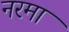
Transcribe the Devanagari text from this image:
नरमा